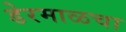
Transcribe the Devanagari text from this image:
डेरमाळचा